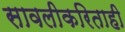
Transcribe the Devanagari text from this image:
सावलीकरिताही